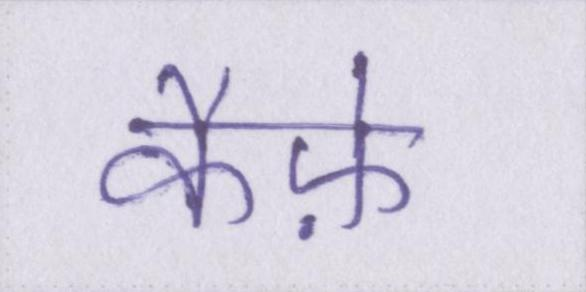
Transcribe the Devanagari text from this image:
कैफ़े